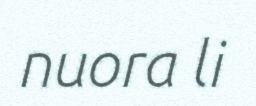
nuora li